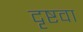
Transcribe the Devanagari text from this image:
दृष्टवा